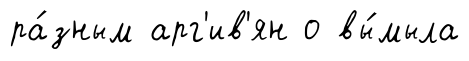
ра́зным арг'ив'ян о вы́мыла